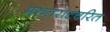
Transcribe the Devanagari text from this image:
मरुतराटचरित